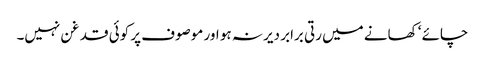
چائے ‘ کھانے میں رتی برابر دیر نہ ہو اور موصوف پر کوئی قدغن نہیں۔